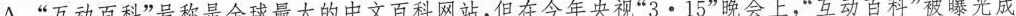
A.”互动百科”号称是全球最大的中文百科网站，但在今年央视”3·15”晚会上，”互动百科”被曝光成